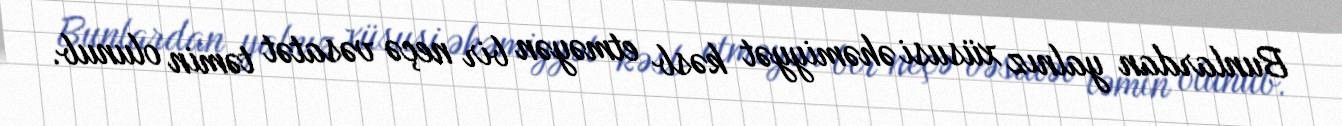
Bunlardan yalnız xüsusi əhəmiyyət kəsb etməyən bir neçə vəsatət təmin olunub.